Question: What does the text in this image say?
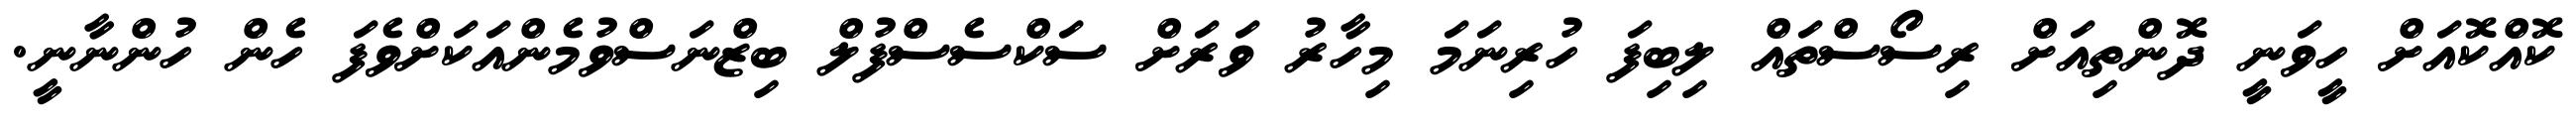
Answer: ކޮއްކޮއަށް ހީވަނީ ދޮންތިއަށް ރިސޯސްތައް ލިބިފަ ހުރިނަމަ މިހާރު ވަރަށް ސަކްސެސްފުލް ބިޒްނަސްވުމެންއަކަށްވެފަ ހެން ހުންނާނީ.